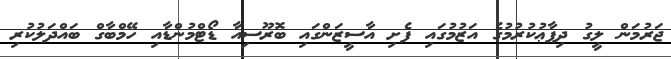
ޖަރުމަން ލީގު ދިފާޢުކުރުމުގެ އަޒުމުގައި ފެށި އާސީޒަންގައި ބޮރޫސިއާ ޑޯޓްމުންޑާއި ހޭމްބާގް ބައްދަލުކުރި